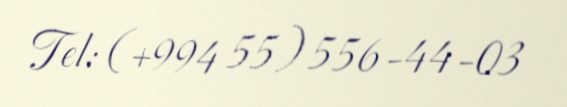
Tel: (+994 55) 556-44-03